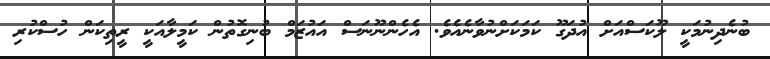
ބުނެދިނުމަކީ ލޫކަސްއަށް އުދަގޫ ކަމަކަށްނުވާނެއެވެ. އެހެންނޫނަސް އައުޒަމް ބުނިގޮތުން ކަމީލާއަކީ ރީތިކަން ހުސްކުރި